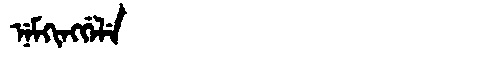
Manchu: ᠨᡝᠮᡴᡳᠩᡤᡝᠯᡝ
Romanization: NEMKINGGELE